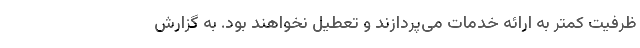
ظرفیت کمتر به ارائه خدمات می‌پردازند و تعطیل نخواهند بود. به گزارش